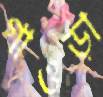
গাওড়া